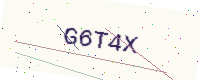
Text: G6T4X